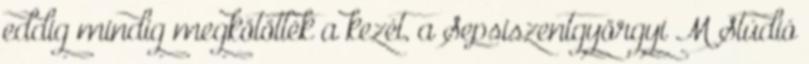
eddig mindig megkötötték a kezét, a Sepsiszentgyörgyi M Stúdió